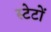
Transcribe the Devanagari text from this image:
स्टेटों